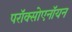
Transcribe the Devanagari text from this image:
परॉक्सोएनॉयन